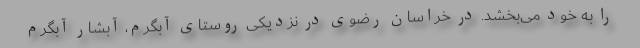
را به خود می‌بخشد. در خراسان رضوی در نزدیکی روستای آبگرم، آبشار آبگرم